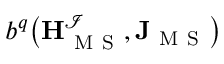
b ^ { q } \big ( \mathbf { H } _ { \mathrm { ~ M ~ S ~ } } ^ { \mathcal { I } } , \mathbf { J } _ { \mathrm { ~ M ~ S ~ } } \big )